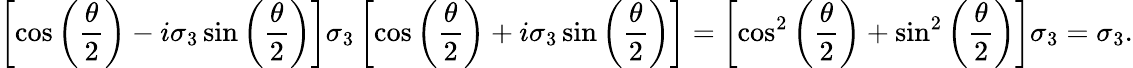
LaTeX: \left[\cos\left({\frac{\theta}{2}}\right)-i\sigma_{3}\sin\left({\frac{\theta}{2}}\right)\right]\sigma_{3}\left[\cos\left({\frac{\theta}{2}}\right)+i\sigma_{3}\sin\left({\frac{\theta}{2}}\right)\right]=\left[\cos^{2}\left({\frac{\theta}{2}}\right)+\sin^{2}\left({\frac{\theta}{2}}\right)\right]\sigma_{3}=\sigma_{3}.